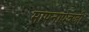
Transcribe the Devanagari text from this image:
मापनाऐवजी